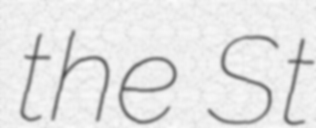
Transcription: the St